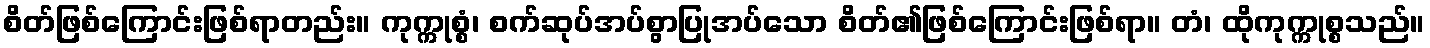
စိတ်ဖြစ်ကြောင်းဖြစ်ရာတည်း။ ကုက္ကုစ္စံ၊ စက်ဆုပ်အပ်စွာပြုအပ်သော စိတ်၏ဖြစ်ကြောင်းဖြစ်ရာ။ တံ၊ ထိုကုက္ကုစ္စသည်။